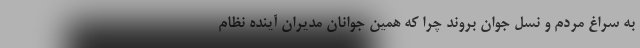
به سراغ مردم و نسل جوان بروند چرا که همین جوانان مدیران آینده نظام